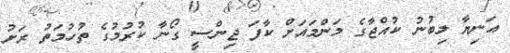
އަނިޔާ ލިބުނު ކުއްޖާގެ މަންމައަށް ކާފަ ޖިންސީ ގޯނާ ކުރުމުގެ ތުހުމަތު ރަށު